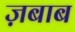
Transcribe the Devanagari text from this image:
ज़बाब